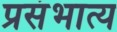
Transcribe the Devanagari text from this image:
प्रसंभात्य